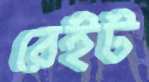
রেইট